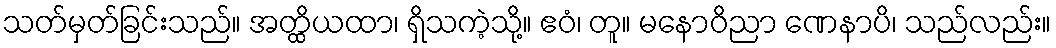
သတ်မှတ်ခြင်းသည်။ အတ္ထိယထာ၊ ရှိသကဲ့သို့။ ဧဝံ၊ တူ။ မနောဝိညာ ဏေနာပိ၊ သည်လည်း။